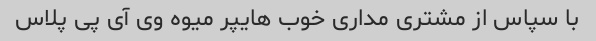
با سپاس از مشتری مداری خوب هایپر میوه وی آی پی پلاس